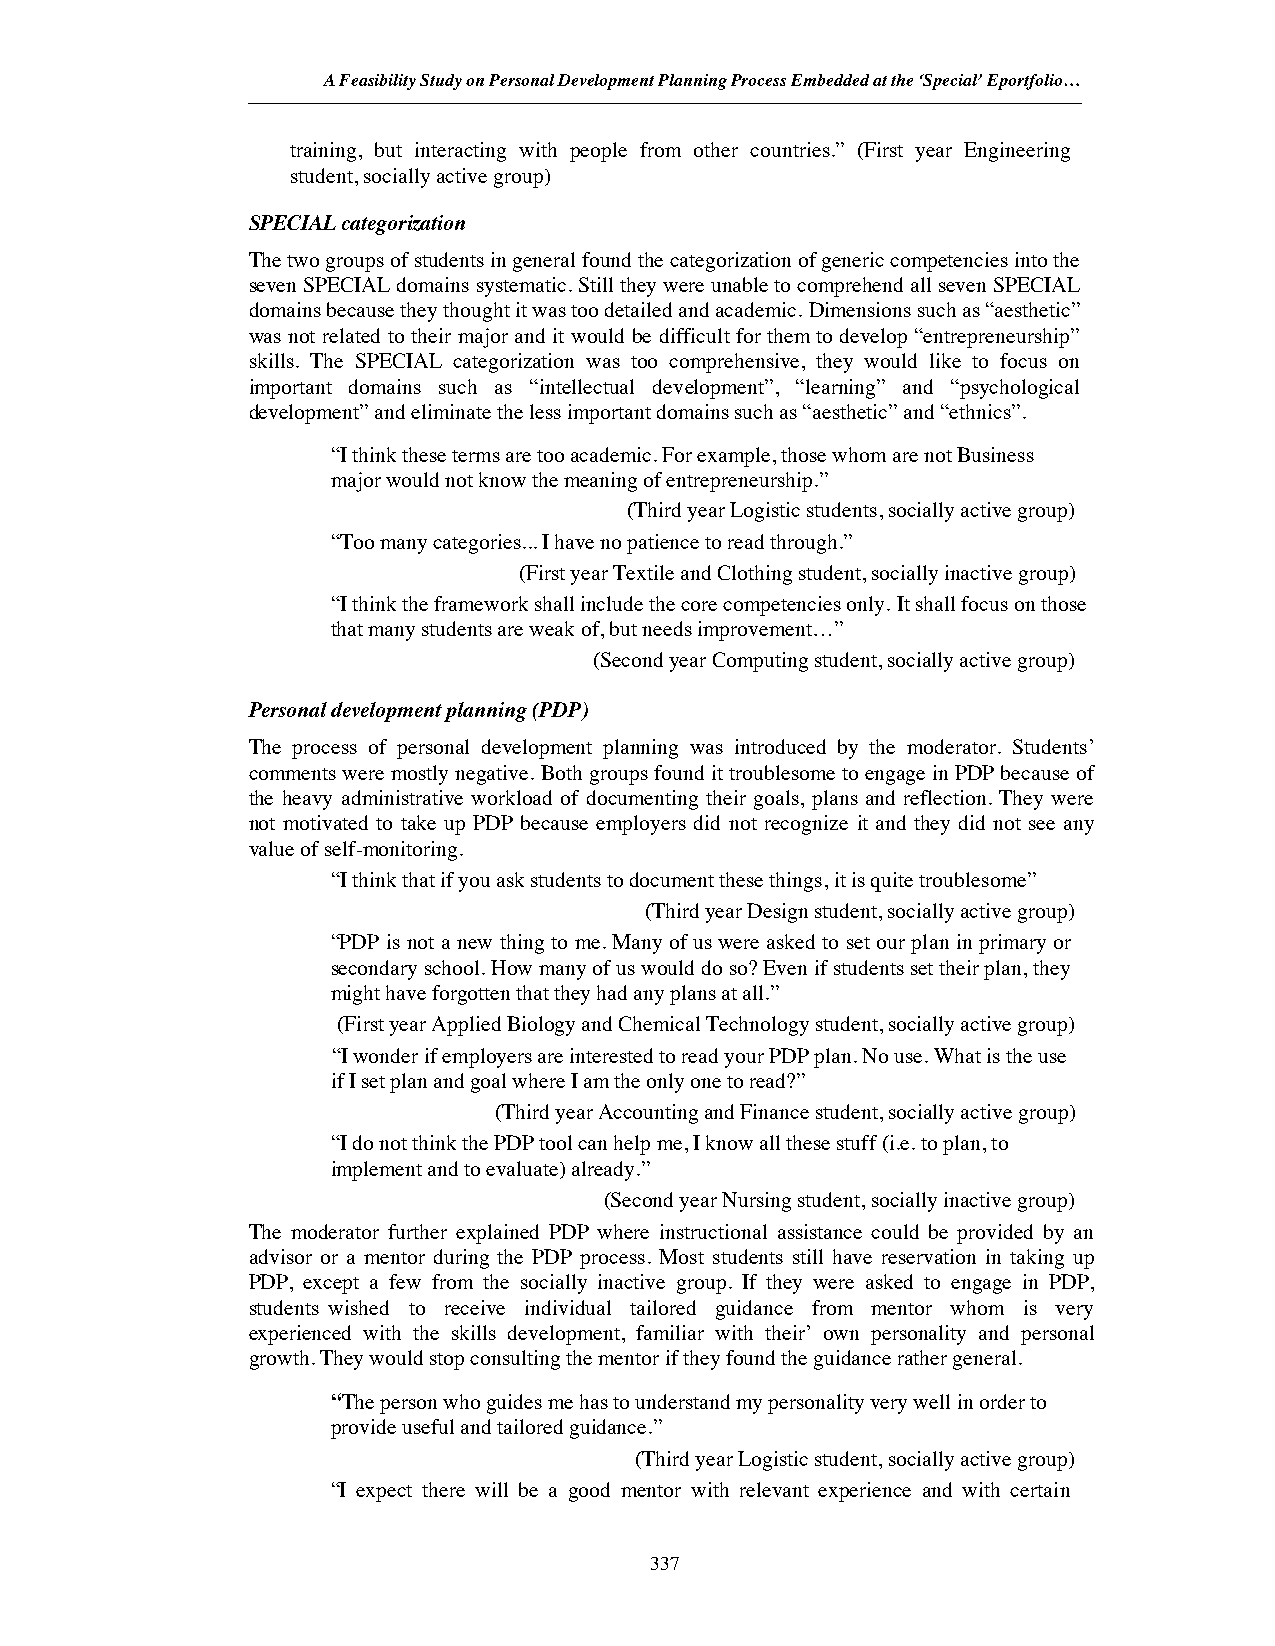
A Feasibility Study on Personal Development Planning Process Embedded at the ‘Special’ Eportfolio…
 training, but interacting with people from other countries.” (First year Engineering
 student, socially active group)
 SPECIAL categorization
 The two groups of students in general found the categorization of generic competencies into the
 seven SPECIAL domains systematic. Still they were unable to comprehend all seven SPECIAL
 domains because they thought it was too detailed and academic. Dimensions such as “aesthetic”
 was not related to their major and it would be difficult for them to develop “entrepreneurship”
 skills. The SPECIAL categorization was too comprehensive, they would like to focus on
 important domains such as “intellectual development”, “learning” and “psychological
 development” and eliminate the less important domains such as “aesthetic” and “ethnics”.
 “I think these terms are too academic. For example, those whom are not Business
 major would not know the meaning of entrepreneurship.”
 (Third year Logistic students, socially active group)
 “Too many categories... I have no patience to read through.”
 (First year Textile and Clothing student, socially inactive group)
 “I think the framework shall include the core competencies only. It shall focus on those
 that many students are weak of, but needs improvement…”
 (Second year Computing student, socially active group)
 Personal development planning (PDP)
 The process of personal development planning was introduced by the moderator. Students’
 comments were mostly negative. Both groups found it troublesome to engage in PDP because of
 the heavy administrative workload of documenting their goals, plans and reflection. They were
 not motivated to take up PDP because employers did not recognize it and they did not see any
 value of self-monitoring.
 “I think that if you ask students to document these things, it is quite troublesome”
 (Third year Design student, socially active group)
 “PDP is not a new thing to me. Many of us were asked to set our plan in primary or
 secondary school. How many of us would do so? Even if students set their plan, they
 might have forgotten that they had any plans at all.”
 (First year Applied Biology and Chemical Technology student, socially active group)
 “I wonder if employers are interested to read your PDP plan. No use. What is the use
 if I set plan and goal where I am the only one to read?”
 (Third year Accounting and Finance student, socially active group)
 “I do not think the PDP tool can help me, I know all these stuff (i.e. to plan, to
 implement and to evaluate) already.”
 (Second year Nursing student, socially inactive group)
 The moderator further explained PDP where instructional assistance could be provided by an
 advisor or a mentor during the PDP process. Most students still have reservation in taking up
 PDP, except a few from the socially inactive group. If they were asked to engage in PDP,
 students wished to receive individual tailored guidance from mentor whom is very
 experienced with the skills development, familiar with their’ own personality and personal
 growth. They would stop consulting the mentor if they found the guidance rather general.
 “The person who guides me has to understand my personality very well in order to
 provide useful and tailored guidance.”
 (Third year Logistic student, socially active group)
 “I expect there will be a good mentor with relevant experience and with certain
 337